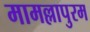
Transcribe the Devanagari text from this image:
मामल्लापुरम